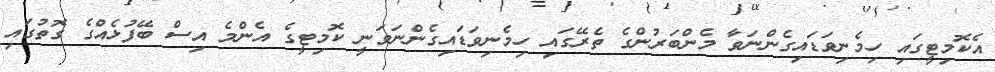
އެކޮމިޓީގައި ހިމެނިވަޑައިގެންނަވާ މެންބަރުންގެ ތެރޭގައި ހިމެނިވަޑައިގެންނަވަނީ ކޮމިޓީގެ އެންމެ އިސް ބޭފުޅެއްގެ ގޮތުގައި